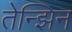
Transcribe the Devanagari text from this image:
तेन्झिन